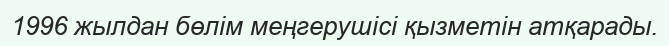
1996 жылдан бөлім меңгерушісі қызметін атқарады.